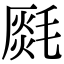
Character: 𣯅